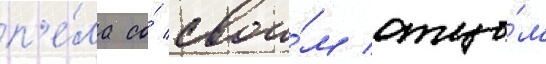
п'е́ла со́ свои́м отцо́м